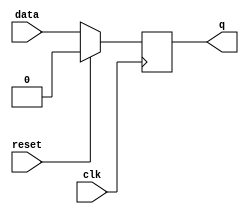
/*
 * Copyright (c) 2022, SPAR-Internal
 * All rights reserved.
 * 
 * Permission is hereby granted, free of charge, to any person obtaining a copy of
 * this software and associated documentation files (the "Software"), to deal in
 * the Software without restriction, including without limitation the rights to
 * use, copy, modify, merge, publish, distribute, sublicense, and/or sell copies
 * of the Software, and to permit persons to whom the Software is furnished to do
 * so, subject to the following conditions:
 * 
 * The above copyright notice and this permission notice shall be included in all
 * copies or substantial portions of the Software.
 * 
 * THE SOFTWARE IS PROVIDED "AS IS", WITHOUT WARRANTY OF ANY KIND, EXPRESS OR
 * IMPLIED, INCLUDING BUT NOT LIMITED TO THE WARRANTIES OF MERCHANTABILITY,
 * FITNESS FOR A PARTICULAR PURPOSE AND NONINFRINGEMENT. IN NO EVENT SHALL THE
 * AUTHORS OR COPYRIGHT HOLDERS BE LIABLE FOR ANY CLAIM, DAMAGES OR OTHER
 * LIABILITY, WHETHER IN AN ACTION OF CONTRACT, TORT OR OTHERWISE, ARISING FROM,
 * OUT OF OR IN CONNECTION WITH THE SOFTWARE OR THE USE OR OTHER DEALINGS IN THE
 * SOFTWARE.
 *
 */


//-----------------------------------------------------
// Design Name : dff_sync_reset
// Function    : D flip-flop sync reset
// Coder       : Deepak Kumar Tala
//-----------------------------------------------------
module dff_sync_reset (
	input data, // Data Input
	input clk, // Clock Input
	input reset, // Reset input
	output reg q        // Q output
);

always @ ( posedge clk)
begin
	if (reset) //debug:
	begin
	  q <= 1'b0;
	end  
	else 
	begin
	  q <= data;
	end
end

endmodule